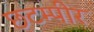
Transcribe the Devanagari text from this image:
छटम्पीर